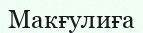
Макғулиға